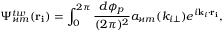
\Psi _ { \varkappa m } ^ { t w } ( \mathbf { r _ { i } } ) = \int _ { 0 } ^ { 2 \pi } \frac { d \phi _ { p } } { ( 2 \pi ) ^ { 2 } } a _ { \varkappa m } ( k _ { i \bot } ) e ^ { i \mathbf { k } _ { i } \cdot \mathbf { r _ { i } } } ,